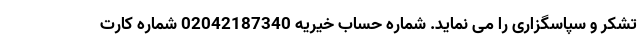
تشکر و سپاسگزاری را می نماید. شماره حساب خیریه 02042187340 شماره کارت